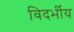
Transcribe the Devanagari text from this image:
विदर्भीय